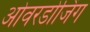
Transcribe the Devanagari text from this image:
ओवरडोजिंग